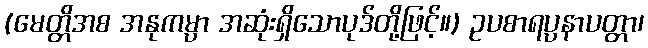
(မေတ္တိအစ အနုကမ္ပာ အဆုံးရှိသောပုဒ်တို့ဖြင့်။) ဥပစာရပ္ပနာပတ္တာ၊